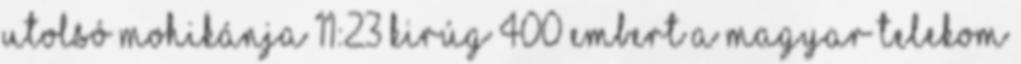
utolsó mohikánja 11:23 Kirúg 400 embert a Magyar Telekom